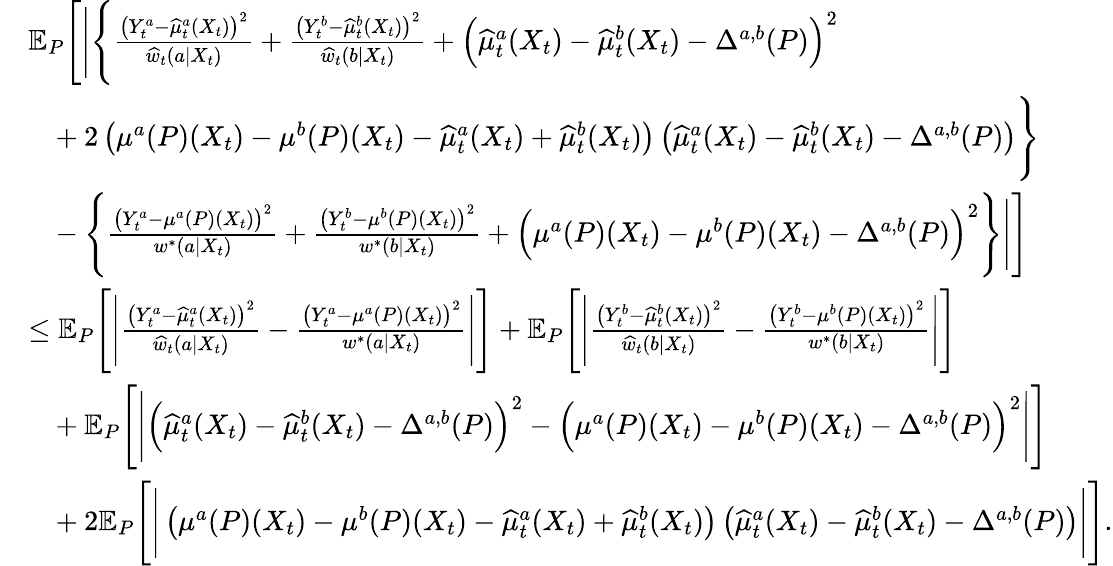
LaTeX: \begin{array}{rl}&{\mathbb{E}_{P}\Bigg[\Bigg|\Bigg\{ \frac{\big(Y_{t}^{a}-\widehat{\mu}_{t}^{a}(X_{t})\big)^{2}}{\widehat{w}_{t}(a|X_{t})}+\frac{\big(Y_{t}^{b}-\widehat{\mu}_{t}^{b}(X_{t})\big)^{2}}{\widehat{w}_{t}(b|X_{t})}+\Big(\widehat{\mu}_{t}^{a}(X_{t})-\widehat{\mu}_{t}^{b}(X_{t})-\Delta^{a,b}(P)\Big)^{2}}\\ &{\ \ \ +2\left(\mu^{a}(P)(X_{t})-\mu^{b}(P)(X_{t})-\widehat{\mu}_{t}^{a}(X_{t})+\widehat{\mu}_{t}^{b}(X_{t})\right)\left(\widehat{\mu}_{t}^{a}(X_{t})-\widehat{\mu}_{t}^{b}(X_{t})-\Delta^{a,b}(P)\right)\Bigg\} }\\ &{\ \ \ -\Bigg\{ \frac{\big(Y_{t}^{a}-\mu^{a}(P)(X_{t})\big)^{2}}{w^{*}(a|X_{t})}+\frac{\big(Y_{t}^{b}-\mu^{b}(P)(X_{t})\big)^{2}}{w^{*}(b|X_{t})}+\Big(\mu^{a}(P)(X_{t})-\mu^{b}(P)(X_{t})-\Delta^{a,b}(P)\Big)^{2}\Bigg\} \Bigg|\Bigg]}\\ &{\leq\mathbb{E}_{P}\Bigg[\Bigg|\frac{\big(Y_{t}^{a}-\widehat{\mu}_{t}^{a}(X_{t})\big)^{2}}{\widehat{w}_{t}(a|X_{t})}-\frac{\big(Y_{t}^{a}-\mu^{a}(P)(X_{t})\big)^{2}}{w^{*}(a|X_{t})}\Bigg|\Bigg]+\mathbb{E}_{P}\Bigg[\Bigg|\frac{\big(Y_{t}^{b}-\widehat{\mu}_{t}^{b}(X_{t})\big)^{2}}{\widehat{w}_{t}(b|X_{t})}-\frac{\big(Y_{t}^{b}-\mu^{b}(P)(X_{t})\big)^{2}}{w^{*}(b|X_{t})}\Bigg|\Bigg]}\\ &{\ \ \ +\mathbb{E}_{P}\Bigg[\Bigg|\Big(\widehat{\mu}_{t}^{a}(X_{t})-\widehat{\mu}_{t}^{b}(X_{t})-\Delta^{a,b}(P)\Big)^{2}-\Big(\mu^{a}(P)(X_{t})-\mu^{b}(P)(X_{t})-\Delta^{a,b}(P)\Big)^{2}\Bigg|\Bigg]}\\ &{\ \ \ +2\mathbb{E}_{P}\Bigg[\Bigg|\left(\mu^{a}(P)(X_{t})-\mu^{b}(P)(X_{t})-\widehat{\mu}_{t}^{a}(X_{t})+\widehat{\mu}_{t}^{b}(X_{t})\right)\left(\widehat{\mu}_{t}^{a}(X_{t})-\widehat{\mu}_{t}^{b}(X_{t})-\Delta^{a,b}(P)\right)\Bigg|\Bigg].}\end{array}